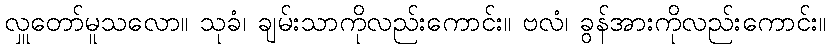
လှူတော်မူသလော။ သုခံ၊ ချမ်းသာကိုလည်းကောင်း။ ဗလံ၊ ခွန်အားကိုလည်းကောင်း။